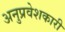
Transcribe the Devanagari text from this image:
अनुप्रवेशकारी